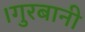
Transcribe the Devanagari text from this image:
।गुरबानी